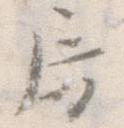
房